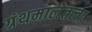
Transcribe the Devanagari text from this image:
ग्रंथमालेतला